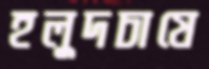
হলুদচাষে